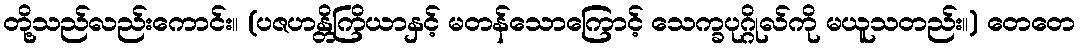
တို့သည်လည်းကောင်း။ (ပဇဟန္တိကြိယာနှင့် မတန်သောကြောင့် သေက္ခပုဂ္ဂိုလ်ကို မယူသတည်း။) တေတေ